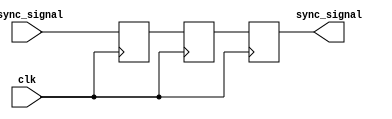
module async_to_sync_converter (
    input wire clk,            // System clock
    input wire async_signal,   // Asynchronous input signal
    output reg sync_signal     // Synchronized output signal
);

    // Internal registers for the dual flip-flop synchronizer
    reg dff1, dff2;

    // Synchronizer process
    always @(posedge clk) begin
        dff1 <= async_signal;  // First flip-flop captures async signal
        dff2 <= dff1;          // Second flip-flop for metastability handling
    end

    // Output logic
    always @(posedge clk) begin
        sync_signal <= dff2;   // Output synchronized signal
    end

endmodule